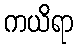
ကယိရာ